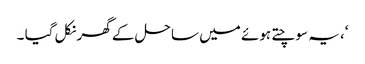
‘، یہ سوچتے ہوئے میں ساحل کے گھر نکل گیا ۔